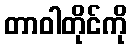
တာဝါတိုင်ကို